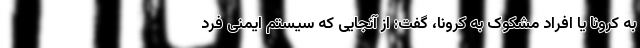
به کرونا یا افراد مشکوک به کرونا، گفت: از آنجایی که سیستم ایمنی فرد